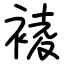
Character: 裬